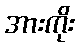
အားကိုး